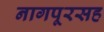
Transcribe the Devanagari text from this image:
नागपूरसह